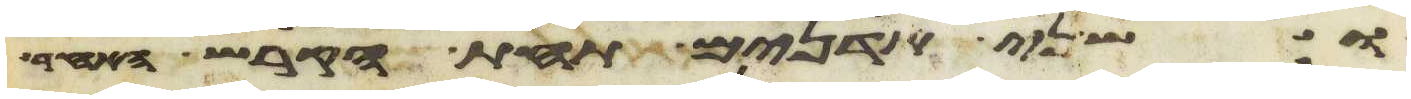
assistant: ושני אדנים תחת הקרש האחד